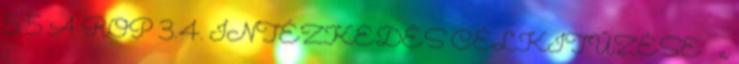
5 5 A ROP 3.4. INTÉZKEDÉS CÉLKITŰZÉSE  a